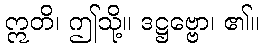
ဣတိ၊ ဤသို့။ ဒဋ္ဌဗ္ဗော၊ ၏။